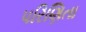
પરિણિતા